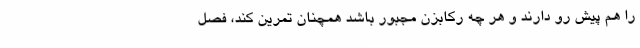
را هم پیش رو دارند و هر چه رکابزن مجبور باشد همچنان تمرین کند، فصل